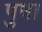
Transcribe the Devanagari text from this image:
पुषा